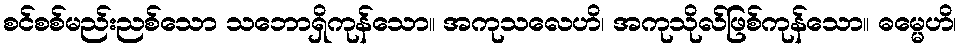
စင်စစ်မည်းညစ်သော သဘောရှိကုန်သော။ အကုသလေဟိ၊ အကုသိုလ်ဖြစ်ကုန်သော။ ဓမ္မေဟိ၊